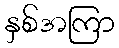
နှစ်အကြာ